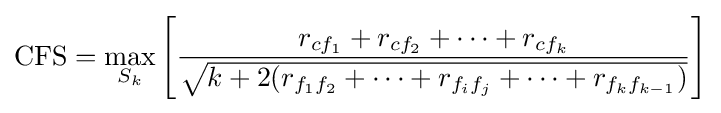
\mathrm {CFS} =\max _{S_{k}}\left[{\frac {r_{cf_{1}}+r_{cf_{2}}+\cdots +r_{cf_{k}}}{\sqrt {k+2(r_{f_{1}f_{2}}+\cdots +r_{f_{i}f_{j}}+\cdots +r_{f_{k}f_{k-1}})}}}\right]